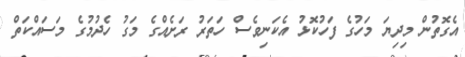
އެގޮތުން މިދިިޔަ މަހުގެ ފަހުކޮޅު އެކަނިވެސް ހަތަރު ރަށެއްގެ މަގު ހެދުމުގެ މަސައްކަތް